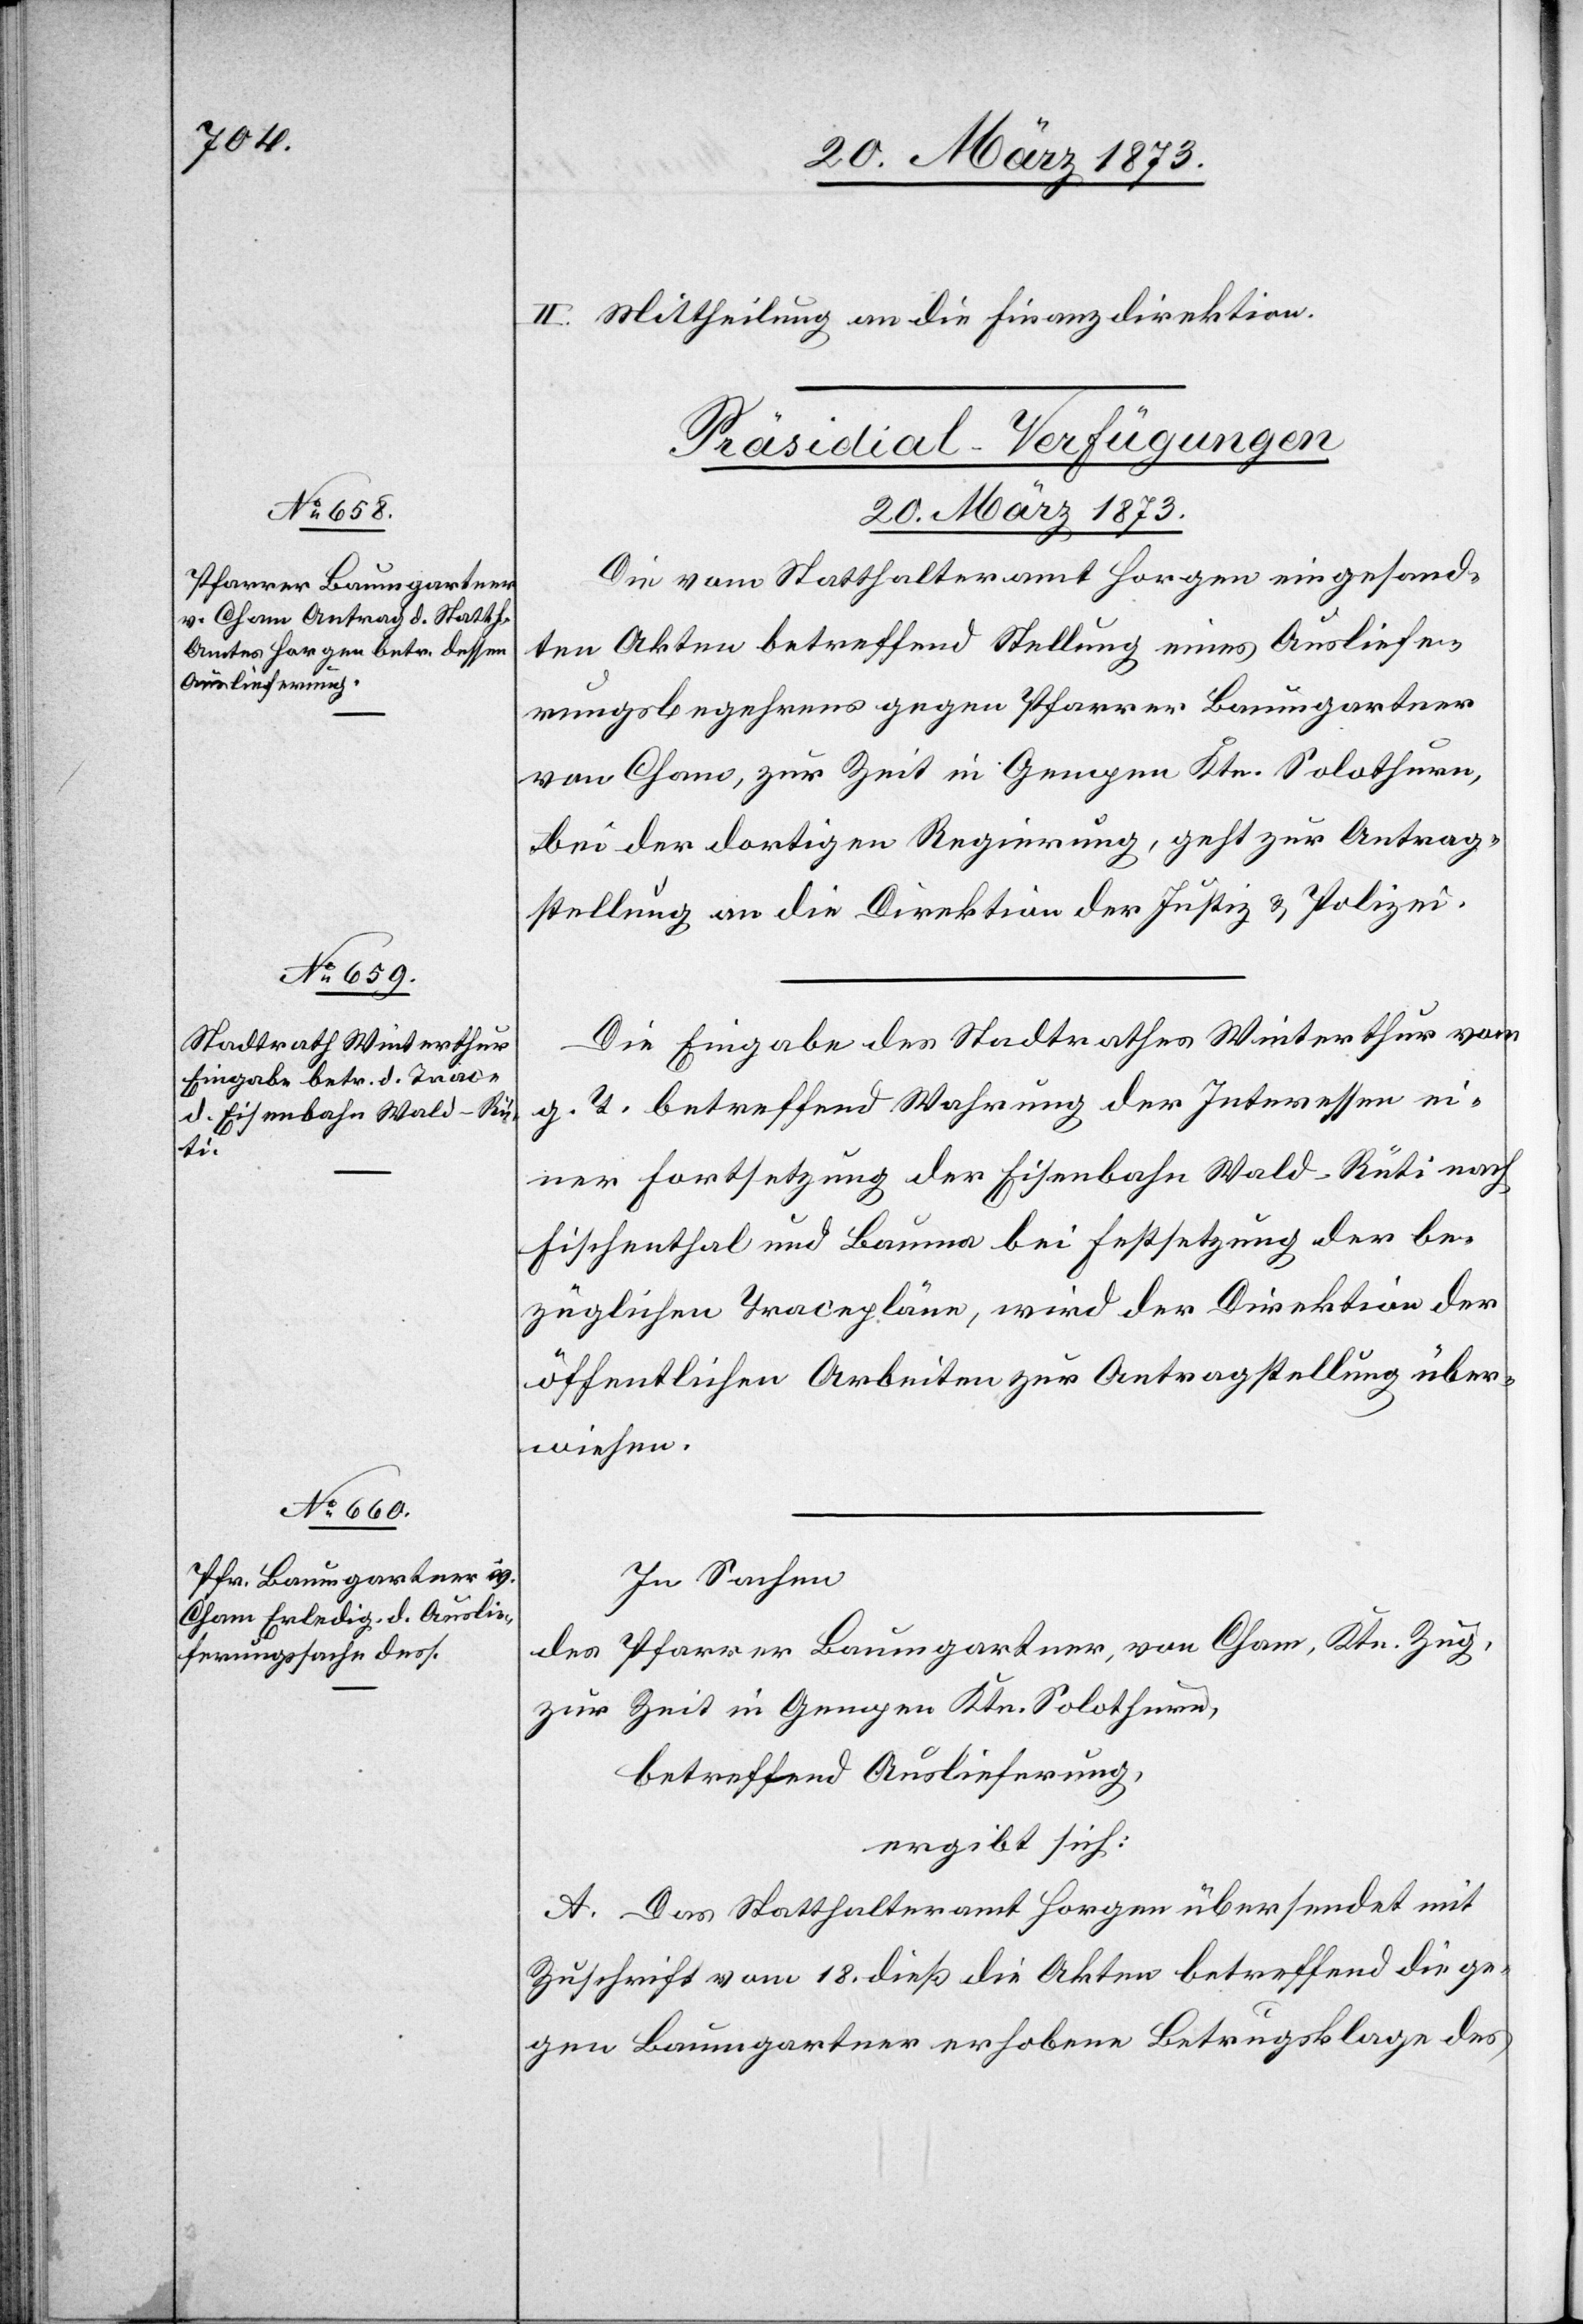
II. Mittheilung an die Finanzdirektion.
[Präsidial-Verfügungen.
20. März 1873.]
Die vom Statthalteramt Horgen eingesand¬
ten Akten betreffend Stellung eines Ausliefe¬
rungsbegehrens gegen Pfarrer Baumgartner
von Cham, zur Zeit in Gempen Ktn. Solothurn,
bei der dortigen Regierung, geht zur Antrag¬
stellung an die Direktion der Justiz u. Polizei.
Die Eingabe des Stadtrathes Winterthur vom
g. T. betreffend Wahrung der Interessen ein¬
er Fortsetzung der Eisenbahn Wald–Rüti nach
Fischenthal und Bauma bei Festsetzung der be¬
züglichen Tracepläne, wird der Direktion der
öffentlichen Arbeiten zur Antragstellung über¬
wiesen.
In Sachen
des Pfarrer Baumgartner, von Cham, Ktn. Zug,
zur Zeit in Gempen Ktn. Solothurn,
betreffend Auslieferung,
ergibt sich:
A. Das Statthalteramt Horgen übersendet mit
Zuschrift vom 18. dieß die Akten betreffend die ge¬
gen Baumgartner erhobene Betrugsklage des